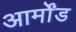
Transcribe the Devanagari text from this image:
आर्मोंड